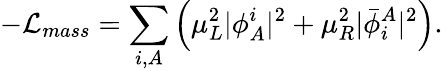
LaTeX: -{\cal L}_{mass}=\sum_{i,A}\left(\mu_{L}^{2}\vert\phi_{A}^{i}\vert^{2}+\mu_{R}^{2}\vert{\bar{\phi}}_{i}^{A}\vert^{2}\right).